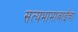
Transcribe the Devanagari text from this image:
सत्यभामाबाईंचा